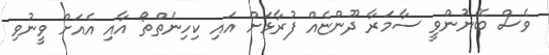
ވެސް ބޭނުންވީ ސާމަރާ ދޫންޏެއް ފުރާޅަށް އައި ކިހިނެތްތޯ އާއި އެއަށް ވީނުވި